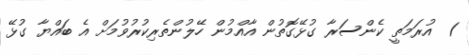
1  އުރަމަތީ ކެންސަރާ ގުޅޭގޮތުން އާއްމުން ހޭލުންތެރިކުރުވުމަށް އެ ބައްޔާ ގުޅޭ